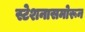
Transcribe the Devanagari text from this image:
स्टेशनासमोरून